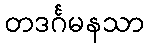
တဒင်္ဂမနသာ